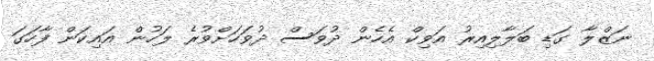
ނަޒްލާ ގަޑި ބަލާލިއިރު އަވިކް އެހެން ދުވަސް ދުވަހަށްވުރެ ލަހުން އައިކަން ފާހަގަ